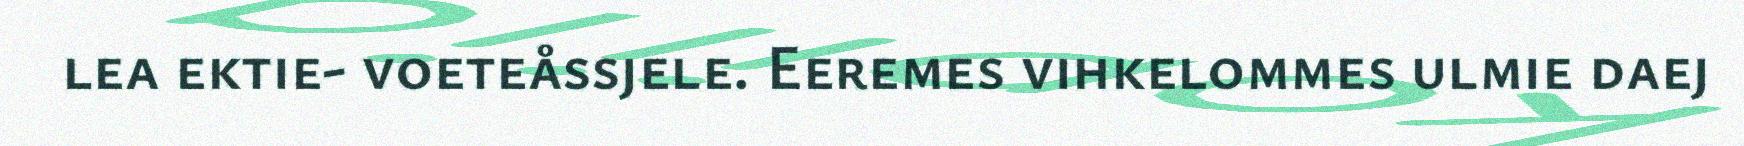
lea ektie- voeteåssjele. Eeremes vihkelommes ulmie daej